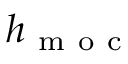
h _ { \mathrm { ~ m ~ o ~ c ~ } }